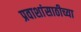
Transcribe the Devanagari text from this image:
प्रवाशांसाठीच्या